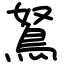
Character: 鴑